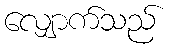
လျှောက်သည်